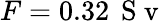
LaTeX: F=0.32\, \mathrm{~S~v~}